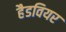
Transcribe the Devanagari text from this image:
हैडवियर